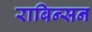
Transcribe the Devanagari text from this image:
राबिन्सन